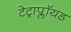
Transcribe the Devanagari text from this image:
टेट्राप्लॉयड